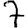
Digit: 7